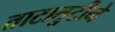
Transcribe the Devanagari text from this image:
ताटातुटीने